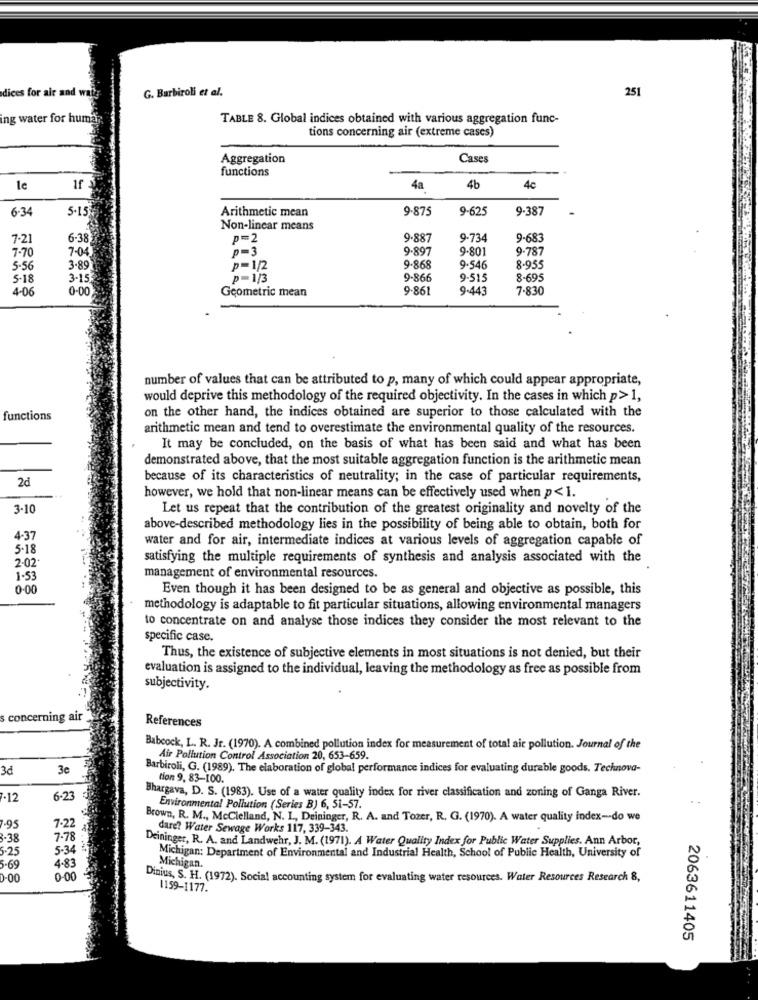
G. Barbiroli et al.
251
dices for air and wat
ng water for huma
TABLE 8. Global indices obtained with various aggregation func-
tions concerning air (extreme cases)
Aggregation
Cases
functions
le
4a
4b
4c
6-34
5.15
Arithmetic mean
9.875
9-625
9.387
Non-linear means
7-21
6-38
P=2
9-887
9-734
9-683
7-70
7-04
P=3
9.897
9-801
9.787
5-56
3.85
p=1/2
9-868
9.546
8.955
5-18
3-15
p=1/3
9-866
9-515
8-695
4-06
0-00
Geometric mean
9.861
9-443
7.830
number of values that can be attributed to p, many of which could appear appropriate,
would deprive this methodology of the required objectivity. In the cases in which p> 1,
on the other hand, the indices obtained are superior to those calculated with the
functions
arithmetic mean and tend to overestimate the environmental quality of the resources.
It may be concluded, on the basis of what has been said and what has been
demonstrated above, that the most suitable aggregation function is the arithmetic mean
2d
because of its characteristics of neutrality; in the case of particular requirements,
however, we hold that non-linear means can be effectively used when p< 1.
3-10
Let us repeat that the contribution of the greatest originality and novelty of the
above-described methodology lies in the possibility of being able to obtain, both for
4-37
water and for air, intermediate indices at various levels of aggregation capable of
5-18
2-02
satisfying the multiple requirements of synthesis and analysis associated with the
1.53
management of environmental resources.
0-00
Even though it has been designed to be as general and objective as possible, this
methodology is adaptable to fit particular situations, allowing environmental managers
to concentrate on and analyse those indices they consider the most relevant to the
specific case.
Thus, the existence of subjective elements in most situations is not denied, but their
evaluation is assigned to the individual, leaving the methodology as free as possible from
subjectivity.
concerning air
References
Babcock, L. R. Jr. (1970). A combined pollution index for measurement of total air pollution. Journal of the
Air Pollution Control Association 20, 653-659.
3d
3e
Barbiroli, G. (1989). The elaboration of global performance indices for evaluating durable goods. Technova-
tion 9, 83-100.
·12
6-23
Bhargava, D. S. (1983). Use of a water quality index for river classification and zoning of Ganga River.
Environmental Pollution (Series B) 6, 51-57.
Brown, R. M ., McClelland, N. I ., Deininger, R. A. and Tozer, R. G. (1970). A water quality index -- do we
7.95
7-22
dare? Water Sewage Works 117, 339-343.
3-38
7-78
Deininger, R. A. and Landwehr, J. M. (1971). A Water Quality Index for Public Water Supplies. Ann Arbor,
5.25
5-34
Michigan: Department of Environmental and Industrial Health, School of Public Health, University of
5-69
4-83
Michigan.
0-00
0-00
Dinius, S. H. (1972). Social accounting system for evaluating water resources. Water Resources Research 8,
1159-1177.
2063611405